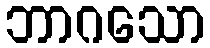
ဘာဂသော